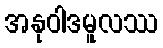
အနုဝါဒမူလဿ